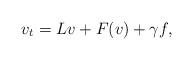
LaTeX: \begin{align*}v_t=Lv + F(v) + \gamma f,\end{align*}